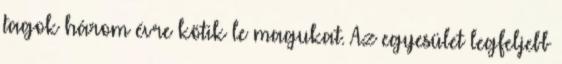
tagok három évre kötik le magukat. Az egyesület legfeljebb